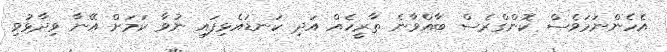
އެހެންނަމަވެސް ކޮންގްރެސް ބާއްވާނެ ތާރީހެއް އަދި ކަނޑައެޅިފައި ނުވާ ކަމަށް އޭނާ ވިދާޅުވި